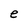
Character: e